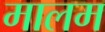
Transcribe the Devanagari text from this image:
मालम